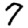
Digit: 7